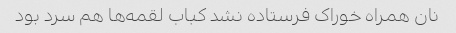
نان همراه خوراک فرستاده نشد کباب لقمه‌ها هم سرد بود